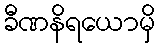
ခီဏနိရယောမှိ